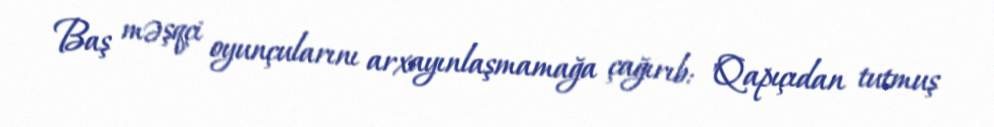
Baş məşqçi oyunçularını arxayınlaşmamağa çağırıb: "Qapıçıdan tutmuş